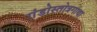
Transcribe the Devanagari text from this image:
गंडोस्तोत्रगाथा